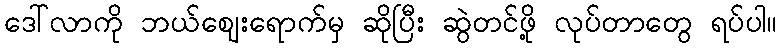
ဒေါ်လာကို ဘယ်ဈေးရောက်မှ ဆိုပြီး ဆွဲတင်ဖို့ လုပ်တာတွေ ရပ်ပါ။